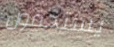
يستحقون